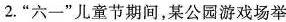
2.”六一”儿童节期间，某公园游戏场举